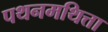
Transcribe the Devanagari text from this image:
पथनमथित्ता